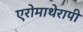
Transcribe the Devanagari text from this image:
एरोमाथेरापी